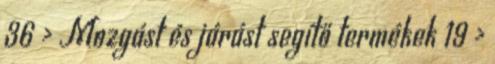
36 › Mozgást és járást segítő termékek 19 ›